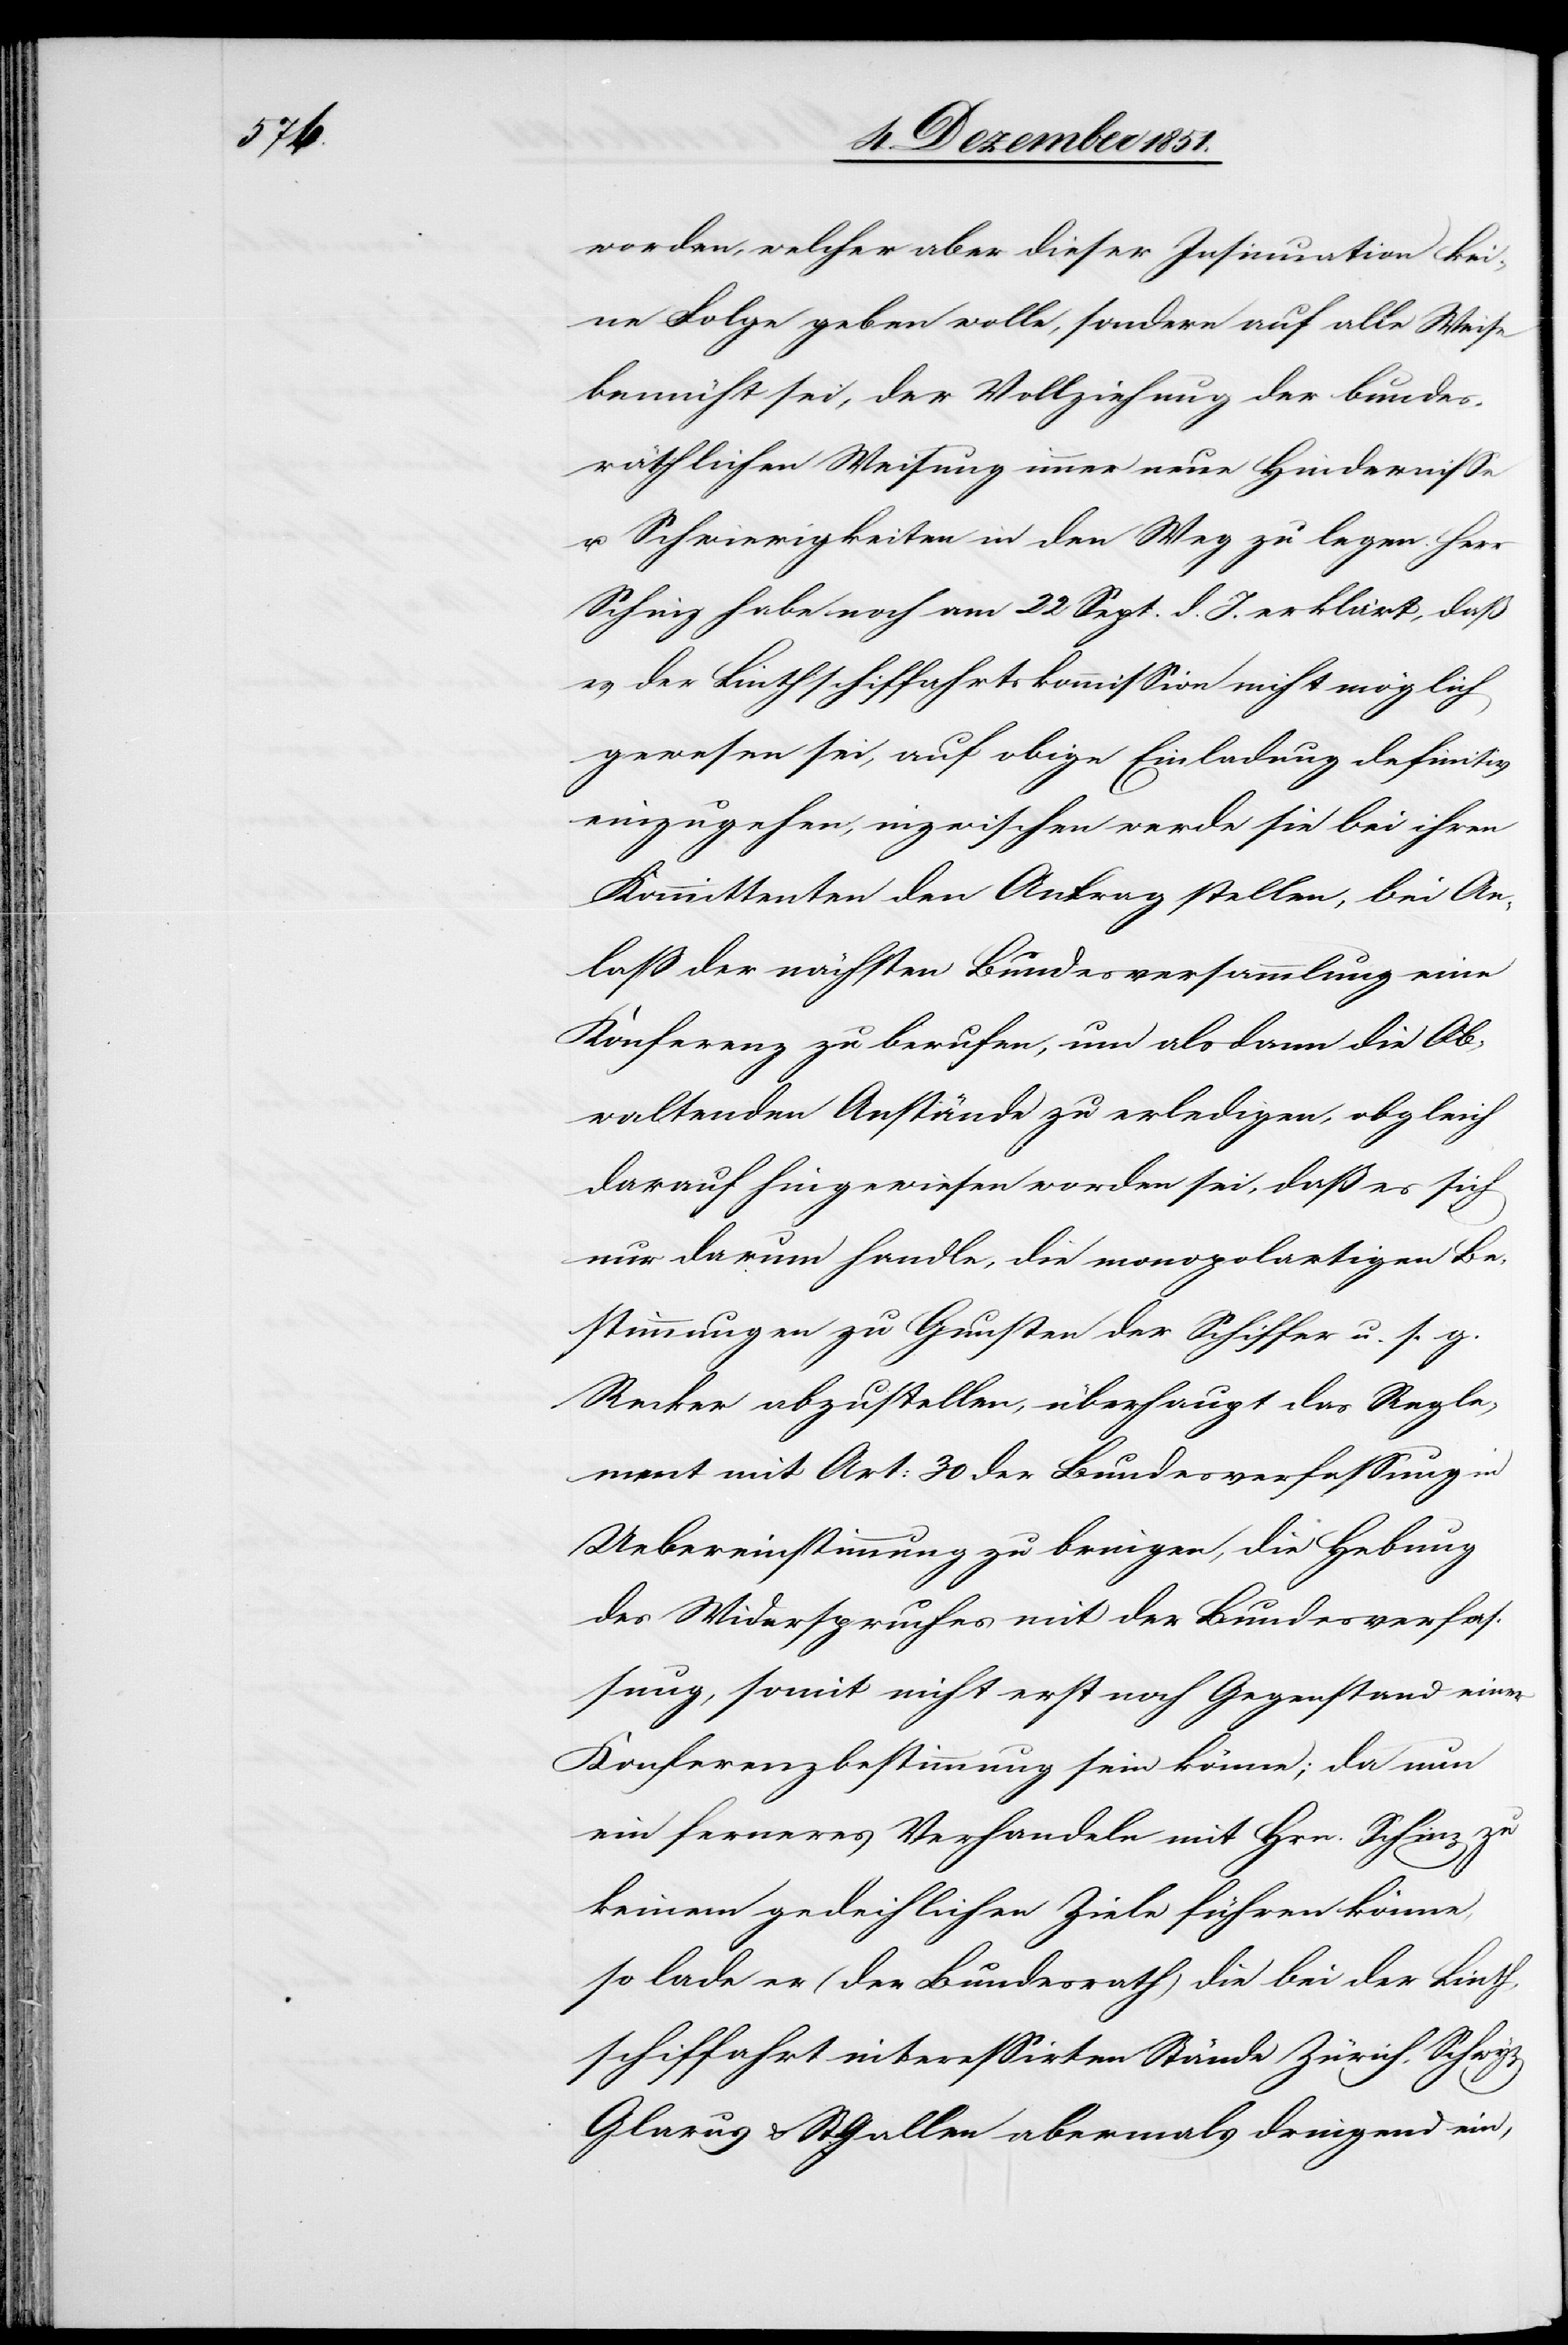
worden, welcher aber dieser Insinuation kei¬
ne Folge geben wolle, sondern auf alle Weise
bemüht sei, der Vollziehung der bundes¬
räthlichen Weisung immer neue Hindernisse
u. Schwierigkeiten in den Weg zu legen. Herr
Schinz habe noch am 22 Sept. d. J. erklärt, daß
es der Linthschiffahrtskommission nicht möglich
gewesen sei, auf obige Einladung definitiv
einzugehen, inzwischen werde sie bei ihren
Kommittenten den Antrag stellen, bei An¬
laß der nächsten Bundesversammlung eine
Konferenz zu berufen, um alsdann die Ob¬
waltenden [sic!] Anstände zu erledigen, obgleich
darauf hingewiesen worden sei, daß es sich
nur darum handle, die monopolartigen Be¬
stimmungen zu Gunsten der Schiffer u. s. g.
Recker abzustellen, überhaupt das Regle¬
ment mit Art: 30 der Bundesverfassung in
Uebereinstimmung zu bringen, die Hebung
des Widerspruches mit der Bundesverfas¬
sung, somit nicht erst noch Gegenstand einer
Konferenzbestimmung sein könne; da nun
ein ferneres Verhandeln mit Hrn. Schinz zu
keinem gedeihlichen Ziele führen könne,
so lade er (der Bundesrath) die bei der Linth¬
schiffahrt interessirten Stände Zürich, Schwyz[,]
Glarus & St: Gallen abermals dringend ein,